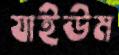
যাইউম